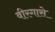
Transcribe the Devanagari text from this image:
वीरगासे